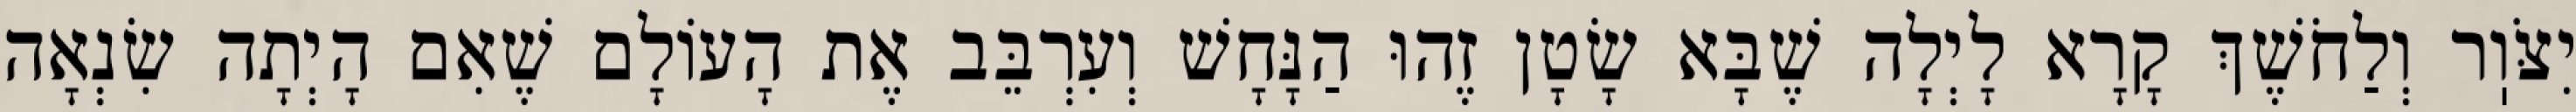
יִצֹּוֽר וְלַחֹשֶׁךְ קָרָא לָיְלָה שֶׁבָּא שָׂטָן זֶהוּ הַנָּחָשׁ וְעִרְבֵּב אֶת הָעוֹלָם שֶׁאִם הָיְתָה שִׂנְאָה